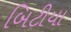
બિટીયા